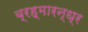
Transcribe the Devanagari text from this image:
ब्रह्मारन्ध्र